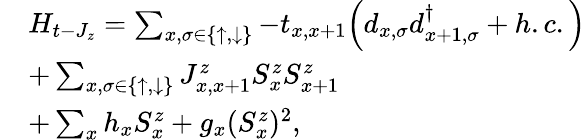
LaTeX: \begin{array}{rl}&{H_{t-J_{z}}=\sum_{x,\sigma\in\{ \uparrow,\downarrow\} }{-t_{x,x+1}{\left(d_{x,\sigma}d_{x+1,\sigma}^{\dagger}+h.c.\right)}}}\\ &{+\sum_{x,\sigma\in\{ \uparrow,\downarrow\} }J_{x,x+1}^{z}S_{x}^{z}S_{x+1}^{z}}\\ &{+\sum_{x}{h_{x}S_{x}^{z}+g_{x}(S_{x}^{z})^{2},}}\end{array}